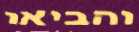
והביאו